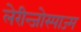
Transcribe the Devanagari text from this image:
लेरीन्जोस्पाज्म